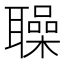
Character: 𦗵